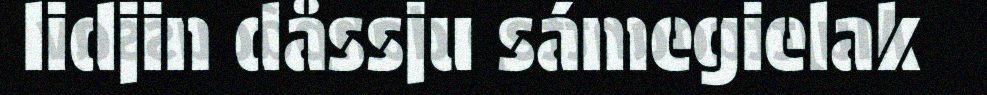
lidjin dåssju sámegielak